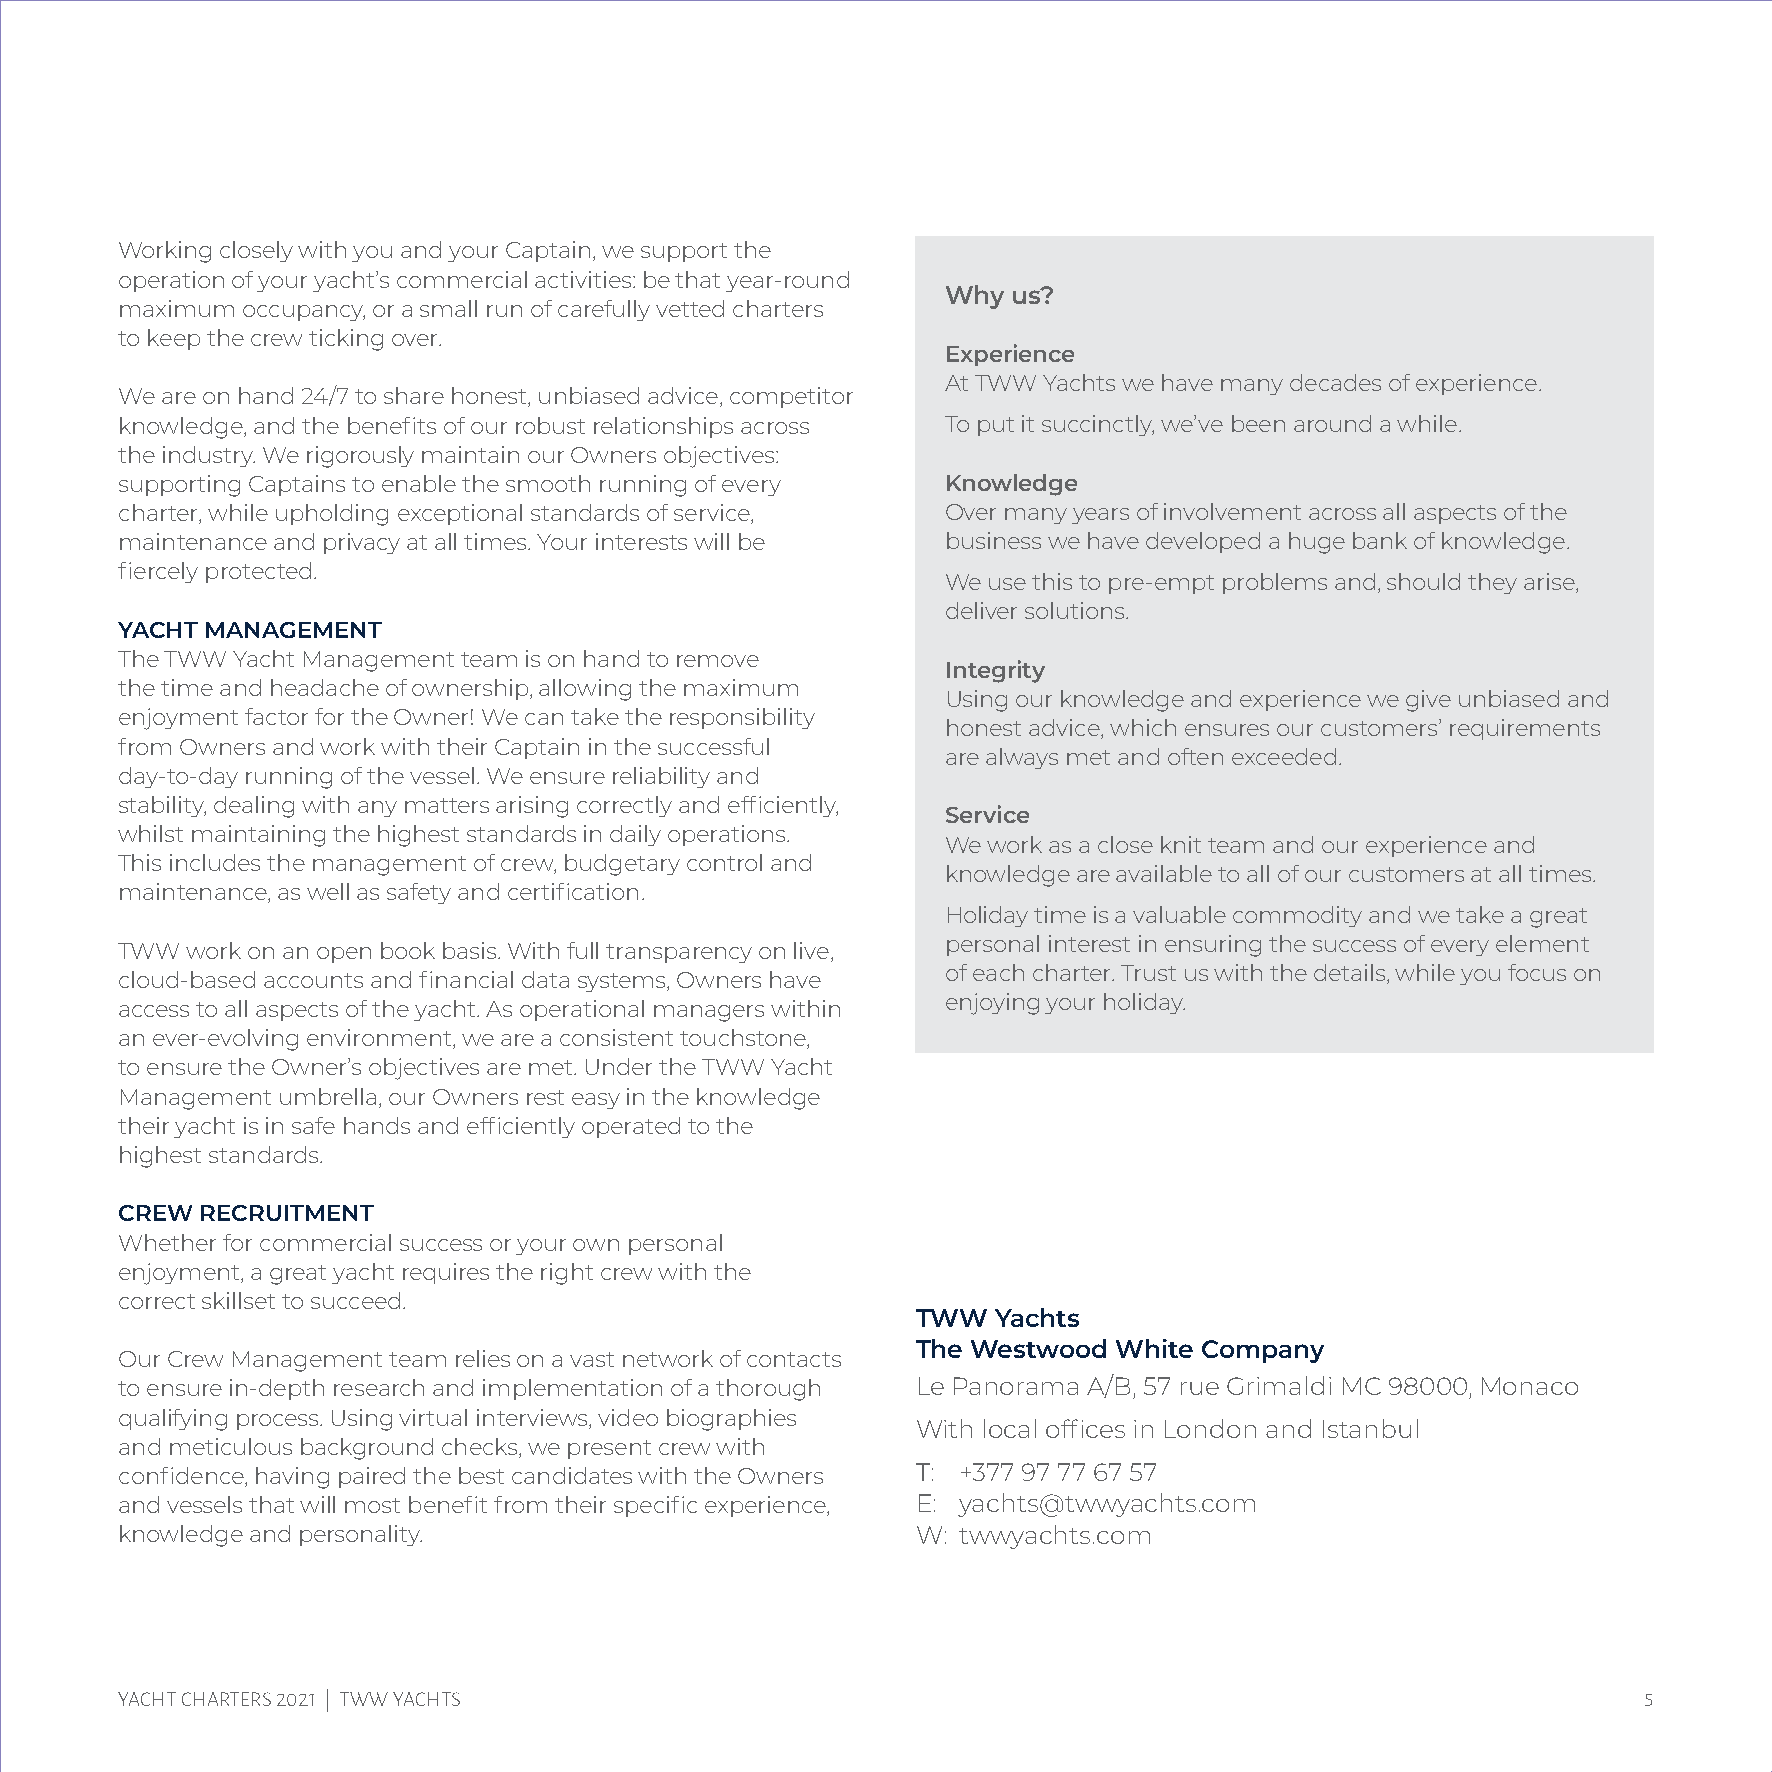
Working closely with you and your Captain, we support the
 operation of your yacht’s commercial activities: be that year-round
 Why us?
 maximum occupancy, or a small run of carefully vetted charters
 to keep the crew ticking over.
 Experience
 At TWW Yachts we have many decades of experience.
 We are on hand 24/7 to share honest, unbiased advice, competitor
 knowledge, and the benefits of our robust relationships across To put it succinctly, we’ve been around a while.
 the industry. We rigorously maintain our Owners objectives:
 supporting Captains to enable the smooth running of every Knowledge
 charter, while upholding exceptional standards of service, Over many years of involvement across all aspects of the
 maintenance and privacy at all times. Your interests will be business we have developed a huge bank of knowledge.
 fiercely protected.
 We use this to pre-empt problems and, should they arise,
 deliver solutions.
 YACHT MANAGEMENT
 The TWW Yacht Management team is on hand to remove
 Integrity
 the time and headache of ownership, allowing the maximum
 Using our knowledge and experience we give unbiased and
 enjoyment factor for the Owner! We can take the responsibility
 honest advice, which ensures our customers’ requirements
 from Owners and work with their Captain in the successful
 are always met and often exceeded.
 day-to-day running of the vessel. We ensure reliability and
 stability, dealing with any matters arising correctly and efficiently,
 Service
 whilst maintaining the highest standards in daily operations.
 We work as a close knit team and our experience and
 This includes the management of crew, budgetary control and
 knowledge are available to all of our customers at all times.
 maintenance, as well as safety and certification.
 Holiday time is a valuable commodity and we take a great
 personal interest in ensuring the success of every element
 TWW work on an open book basis. With full transparency on live,
 of each charter. Trust us with the details, while you focus on
 cloud-based accounts and financial data systems, Owners have
 enjoying your holiday.
 access to all aspects of the yacht. As operational managers within
 an ever-evolving environment, we are a consistent touchstone,
 to ensure the Owner’s objectives are met. Under the TWW Yacht
 Management umbrella, our Owners rest easy in the knowledge
 their yacht is in safe hands and efficiently operated to the
 highest standards.
 CREW RECRUITMENT
 Whether for commercial success or your own personal
 enjoyment, a great yacht requires the right crew with the
 correct skillset to succeed.
 TWW  Yachts
 The Westwood White Company
 Our Crew Management team relies on a vast network of contacts
 to ensure in-depth research and implementation of a thorough Le Panorama A/B, 57 rue Grimaldi MC 98000, Monaco
 qualifying process. Using virtual interviews, video biographies
 With local offices in London and Istanbul
 and meticulous background checks, we present crew with
 confidence, having paired the best candidates with the Owners T: +377 97 77 67 57
 and vessels that will most benefit from their specific experience, E: yachts@twwyachts.com
 knowledge and personality.                           W: twwyachts.com
 YACHT CHARTERS 2021 | TWW YACHTS                                                                     5